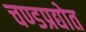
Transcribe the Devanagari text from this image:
चण्डप्रद्योत